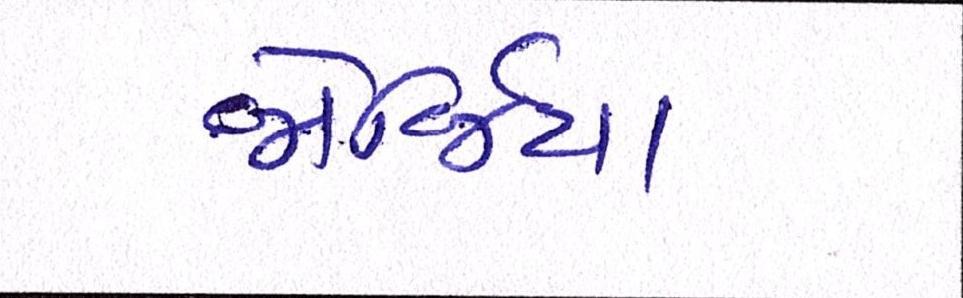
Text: જોર્જિયા